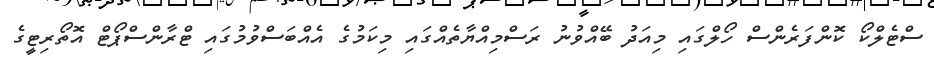
ސްޓެލްކޯ ކޮންފަރެންސް ހޯލްގައި މިއަދު ބޭއްވުނު ރަސްމިއްޔާތެއްގައި މިކަމުގެ އެއްބަސްވުމުގައި ޓްރާންސްޕޯޓް އޮތޯރިޓީގެ